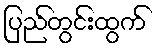
ပြည်တွင်းထွက်